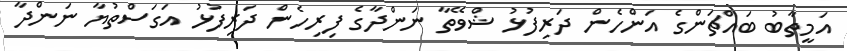
އަމީތާބު ބައްޗަންގެ އަންހެން ދަރިފުޅު ޝްވޭތާ ނަންދާގެ ފިރިހެން ދަރިފުޅު އަގަސްތުޔާ ނަންދާ